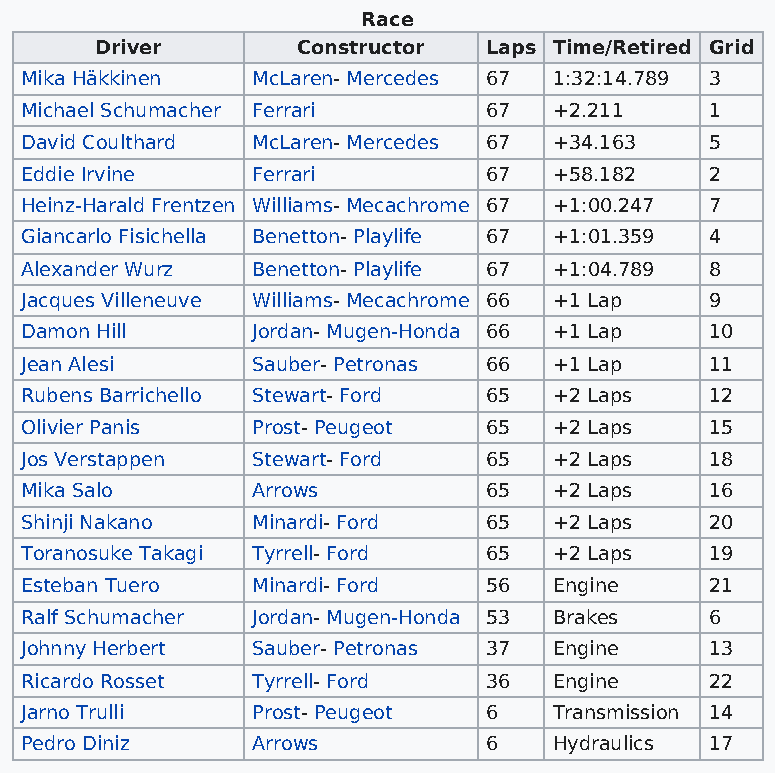
Race
 Driver        Constructor Laps Time/Retired Grid
 Mika Häkkinen   McLaren- Mercedes 67 1:32:14.789 3
 Michael Schumacher Ferrari     67   +2.211    1
 David Coulthard McLaren- Mercedes 67 +34.163  5
 Eddie Irvine    Ferrari        67   +58.182   2
 Heinz-Harald Frentzen Williams- Mecachrome 67 +1:00.247 7
 Giancarlo Fisichella Benetton- Playlife 67 +1:01.359 4
 Alexander Wurz  Benetton- Playlife 67 +1:04.789 8
 Jacques Villeneuve Williams- Mecachrome 66 +1 Lap 9
 Damon Hill      Jordan- Mugen-Honda 66 +1 Lap 10
 Jean Alesi      Sauber- Petronas 66 +1 Lap    11
 Rubens Barrichello Stewart- Ford 65 +2 Laps   12
 Olivier Panis   Prost- Peugeot 65   +2 Laps   15
 Jos Verstappen  Stewart- Ford  65   +2 Laps   18
 Mika Salo       Arrows         65   +2 Laps   16
 Shinji Nakano   Minardi- Ford  65   +2 Laps   20
 Toranosuke Takagi Tyrrell- Ford 65  +2 Laps   19
 Esteban Tuero   Minardi- Ford  56   Engine    21
 Ralf Schumacher Jordan- Mugen-Honda 53 Brakes 6
 Johnny Herbert  Sauber- Petronas 37 Engine    13
 Ricardo Rosset  Tyrrell- Ford  36   Engine    22
 Jarno Trulli    Prost- Peugeot 6    Transmission 14
 Pedro Diniz     Arrows         6    Hydraulics 17